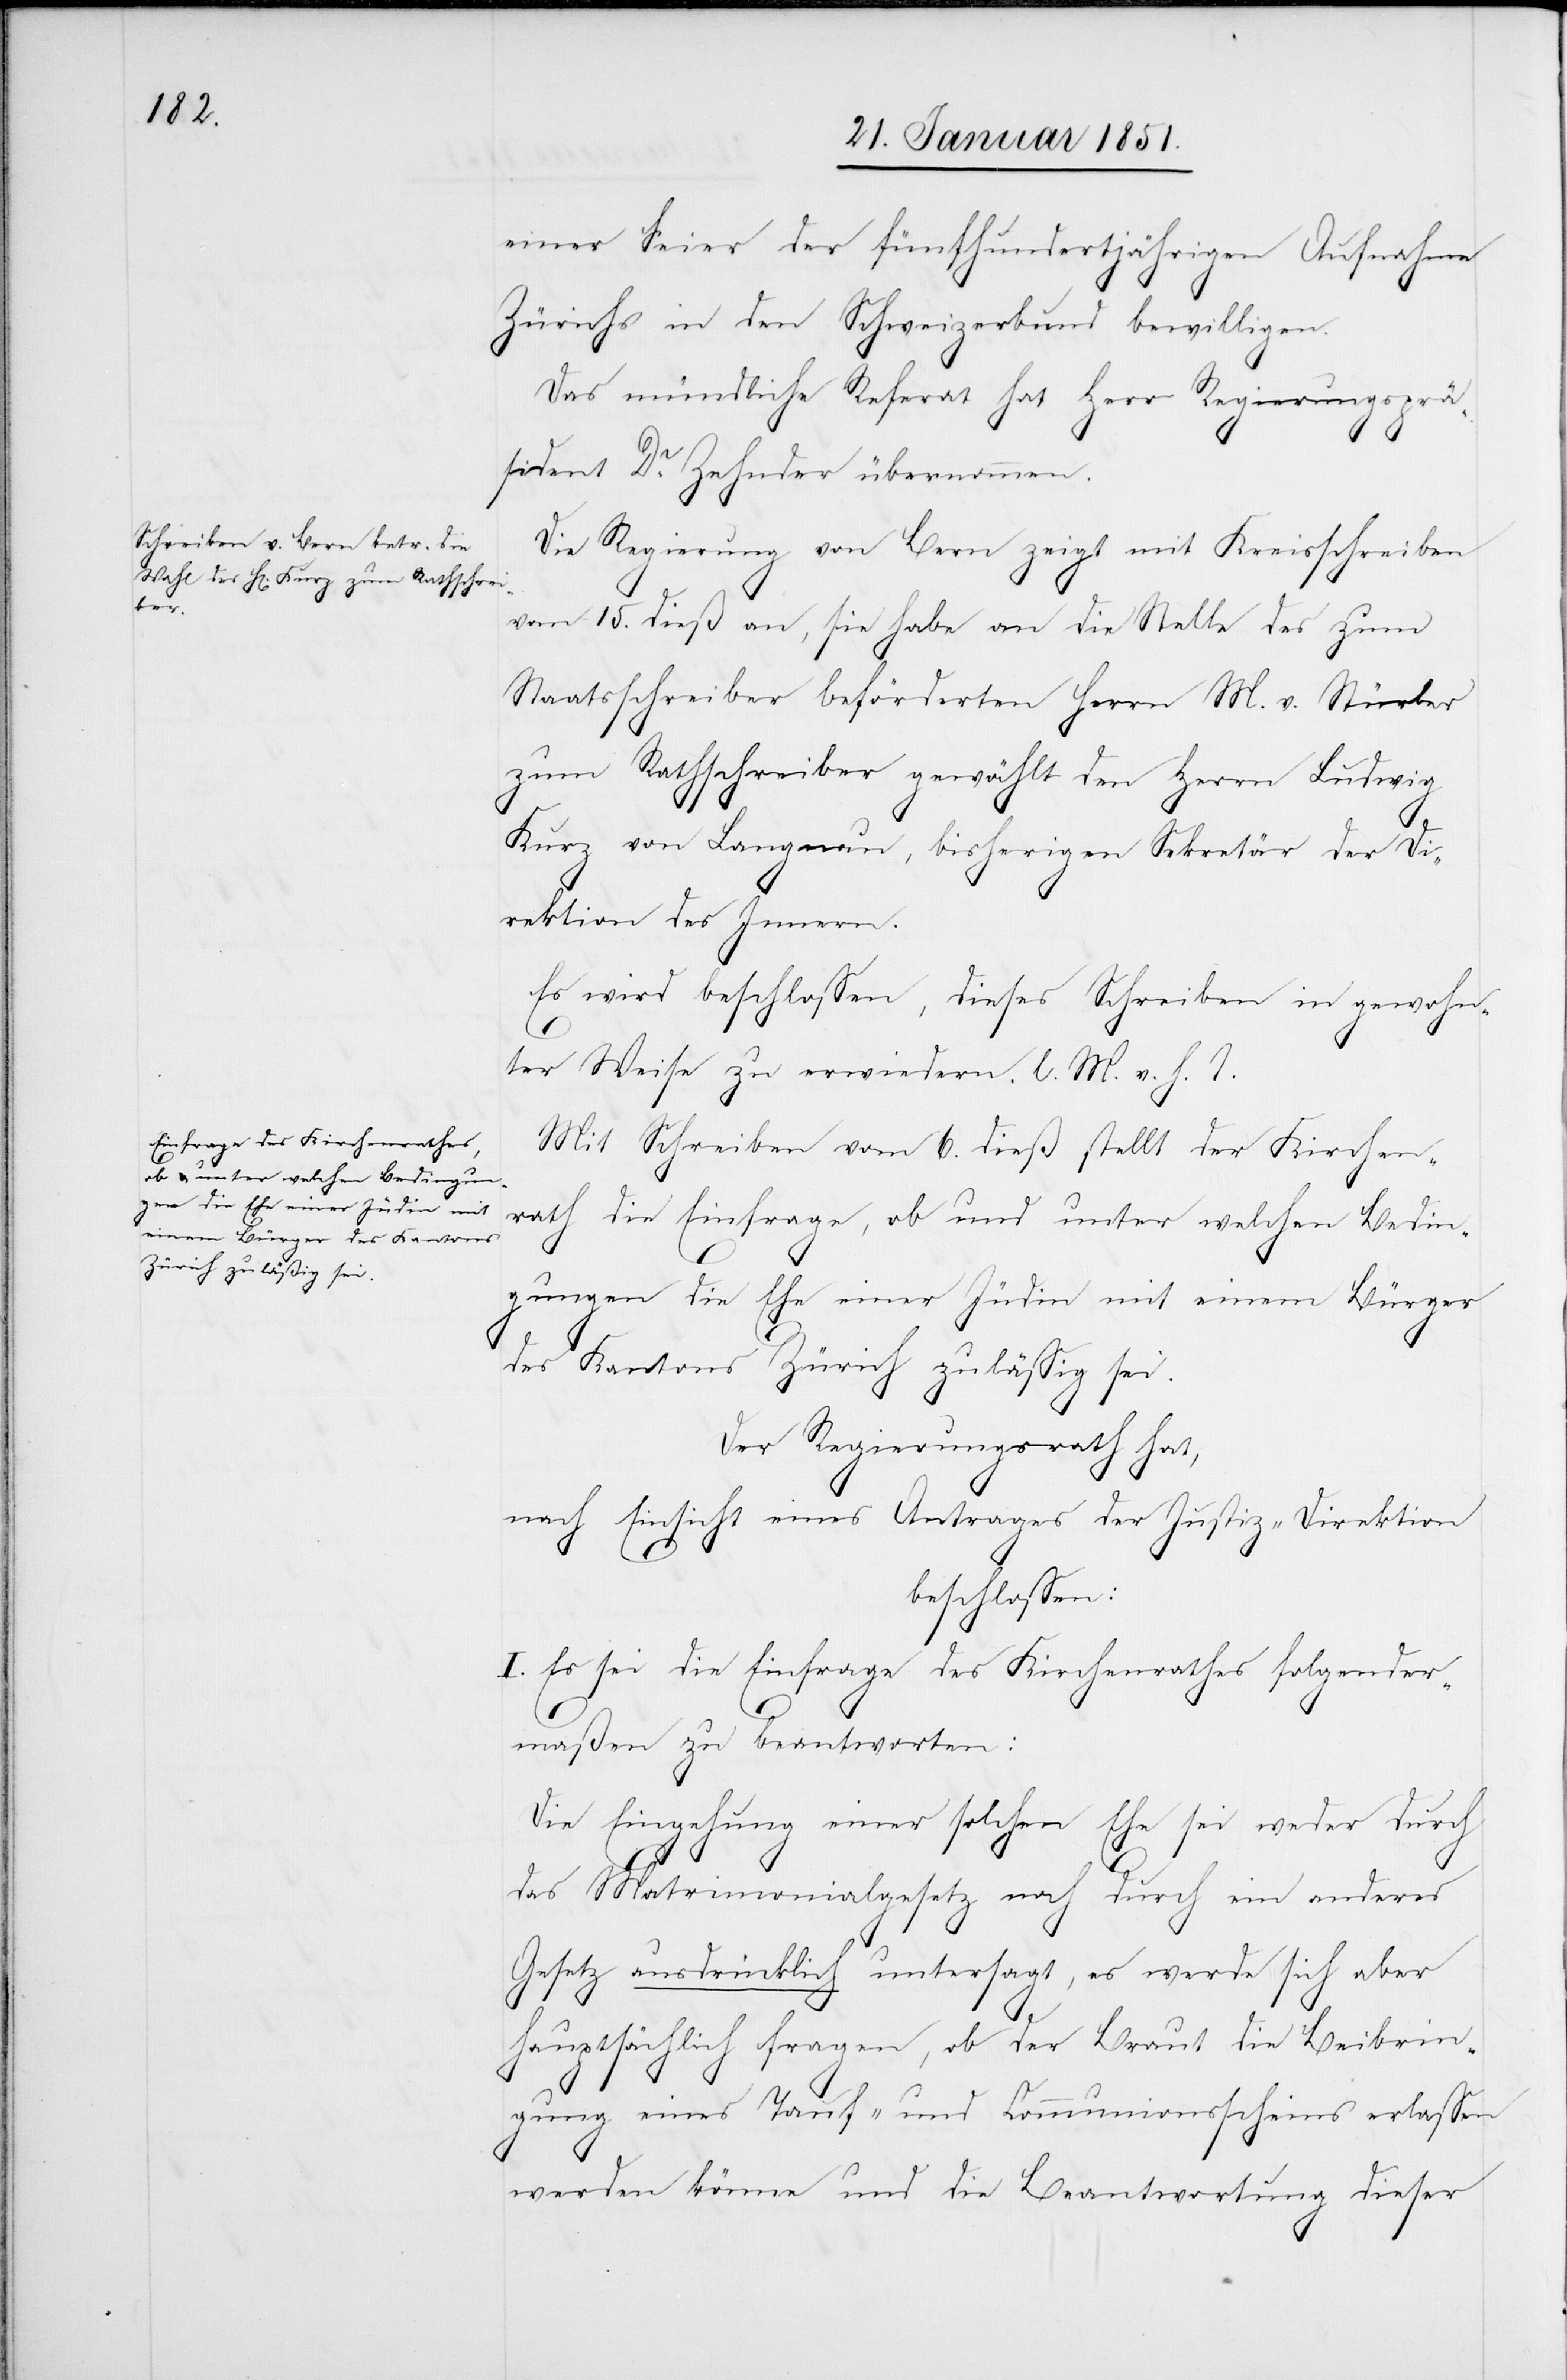
einer Feier der fünfhundertjährigen Aufnahme
Zürichs in den Schweizerbund bewilligen.
Das mündliche Referat hat Herr Regierungsprä¬
sident Dr. Zehnder übernommen.
Die Regierung von Bern zeigt mit Kreisschreiben
vom 15. dieß an, sie habe an die Stelle des zum
Staatsschreiber beförderten Herrn M. v. Stürler
zum Rathschreiber gewählt den Herrn Ludwig
Kurz von Langnau, bisherigen Sekretär der Di¬
rektion des Innern.
Es wird beschlossen, dieses Schreiben in gewohn¬
ter Weise zu erwiedern. l. M. v. h. T.
Mit Schreiben vom 6. dieß stellt der Kirchen¬
rath die Einfrage, ob und unter welchen Bedin¬
gungen die Ehe einer Jüdin mit einem Bürger
des Kantons Zürich zulässig sei.
Der Regierungsrath hat,
nach Einsicht eines Antrages der Justiz-Direktion
beschlossen:
I. Es sei die Einfrage des Kirchenrathes folgender¬
maßen zu beantworten:
Die Eingehung einer solchen Ehe sei weder durch
das Matrimonialgesetz noch durch ein anderes
Gesetz ausdrücklich untersagt, es werde sich aber
hauptsächlich fragen, ob der Braut die Beibrin¬
gung eines Tauf- und Communionsscheins erlassen
werden könne und die Beantwortung dieser